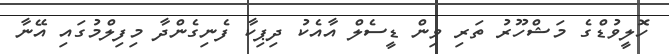
ހޮލީވުޑްގެ މަޝްހޫރު ތަރި ވިން ޑީސެލް އާއެކު ދިޕިކާ ފެނިގެންދާ މިފިލްމުގައި އޭނާ